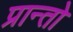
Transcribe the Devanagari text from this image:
प्रान्‍तो